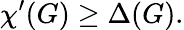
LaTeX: \chi^{\prime}(G)\geq\Delta(G).